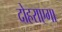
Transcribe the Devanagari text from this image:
दोहराएगा